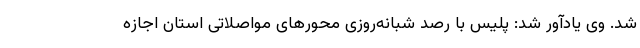
شد. وی یادآور شد: پلیس با رصد شبانه‌روزی محورهای مواصلاتی استان اجازه